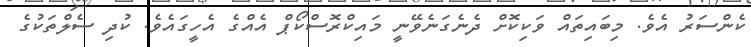
ކެންސަރު އެވެ. މިބައިތައް ވަކިކޮށް ދެނެގަނެވޭނީ މައިކްރޮސްކޯޕް އެއްގެ އެހީގައެވެ. ކުދި ސެލްތަކުގެ